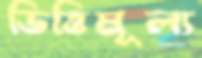
ভিত্তিমূল্য